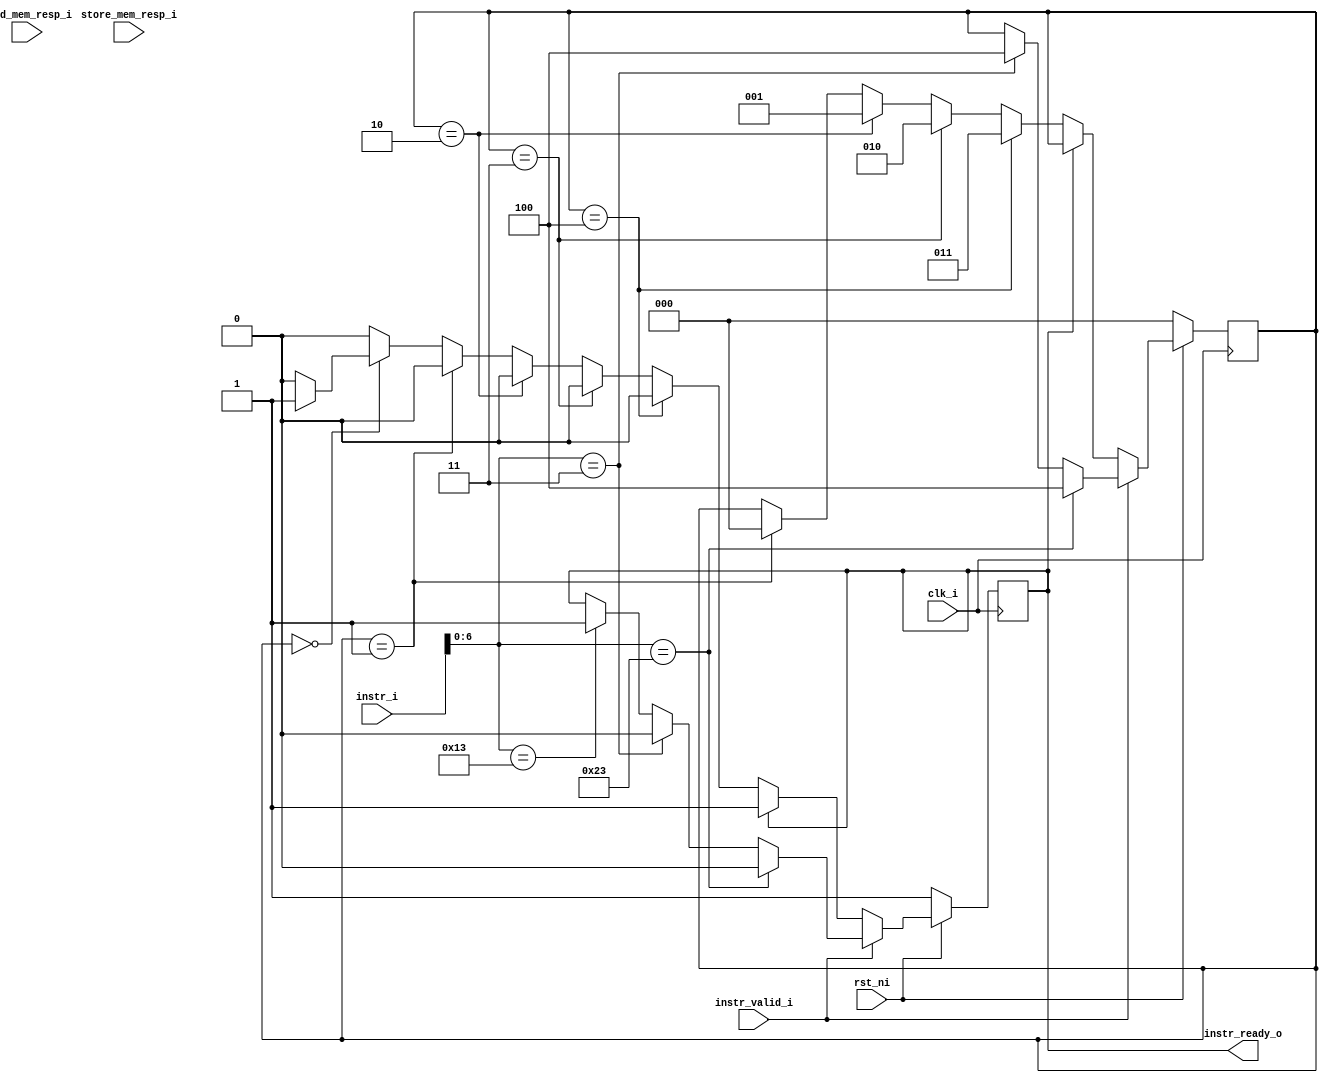


module cva6_processor_shim (
    input wire clk_i,
    input wire rst_ni,
    input wire [31:0] instr_i,
    input wire instr_valid_i,
    output wire instr_ready_o,
    input wire store_mem_resp_i,
    input wire load_mem_resp_i
`ifdef EXPOSE_STATE    
    , output wire [32*32-1:0] regfile_o
    , output wire [32*32-1:0] mem_o
`endif
);


    reg [31:0] regfile [31:0];
    reg [31:0] mem [31:0];

    reg [31:0] reg_0, reg_1, reg_2, reg_3, reg_4, reg_5, reg_6, reg_7, reg_8, reg_9, reg_10, reg_11, reg_12, reg_13, reg_14, reg_15, reg_16, reg_17, reg_18, reg_19, reg_20, reg_21, reg_22, reg_23, reg_24, reg_25, reg_26, reg_27, reg_28, reg_29, reg_30, reg_31;

    reg [31:0] mem_0, mem_1, mem_2, mem_3, mem_4, mem_5, mem_6, mem_7, mem_8, mem_9, mem_10, mem_11, mem_12, mem_13, mem_14, mem_15, mem_16, mem_17, mem_18, mem_19, mem_20, mem_21, mem_22, mem_23, mem_24, mem_25, mem_26, mem_27, mem_28, mem_29, mem_30, mem_31;
    
    assign regfile_o = {regfile[0], regfile[1], regfile[2], regfile[3], regfile[4], regfile[5], regfile[6], regfile[7], regfile[8], regfile[9], regfile[10], regfile[11], regfile[12], regfile[13], regfile[14], regfile[15], regfile[16], regfile[17], regfile[18], regfile[19], regfile[20], regfile[21], regfile[22], regfile[23], regfile[24], regfile[25], regfile[26], regfile[27], regfile[28], regfile[29], regfile[30], regfile[31]};
    assign mem_o = {mem[0], mem[1], mem[2], mem[3], mem[4], mem[5], mem[6], mem[7], mem[8], mem[9], mem[10], mem[11], mem[12], mem[13], mem[14], mem[15], mem[16], mem[17], mem[18], mem[19], mem[20], mem[21], mem[22], mem[23], mem[24], mem[25], mem[26], mem[27], mem[28], mem[29], mem[30], mem[31]};

    // assign reg_0 = regfile[0];
    // assign reg_1 = regfile[1];
    // assign reg_2 = regfile[2];
    // assign reg_3 = regfile[3];
    // assign reg_4 = regfile[4];
    // assign reg_5 = regfile[5];
    // assign reg_6 = regfile[6];
    // assign reg_7 = regfile[7];
    // assign reg_8 = regfile[8];
    // assign reg_9 = regfile[9];
    // assign reg_10 = regfile[10];
    // assign reg_11 = regfile[11];
    // assign reg_12 = regfile[12];
    // assign reg_13 = regfile[13];
    // assign reg_14 = regfile[14];
    // assign reg_15 = regfile[15];
    // assign reg_16 = regfile[16];
    // assign reg_17 = regfile[17];
    // assign reg_18 = regfile[18];
    // assign reg_19 = regfile[19];
    // assign reg_20 = regfile[20];
    // assign reg_21 = regfile[21];
    // assign reg_22 = regfile[22];
    // assign reg_23 = regfile[23];
    // assign reg_24 = regfile[24];
    // assign reg_25 = regfile[25];
    // assign reg_26 = regfile[26];
    // assign reg_27 = regfile[27];
    // assign reg_28 = regfile[28];
    // assign reg_29 = regfile[29];
    // assign reg_30 = regfile[30];
    // assign reg_31 = regfile[31];

    reg ready_o;
    assign instr_ready_o = ready_o;

    function is_store;
        input [31:0] instr;
        is_store = (instr[6:0] == 7'b0100011);
    endfunction
    function is_load;
        input [31:0] instr;
        is_load = (instr[6:0] == 7'b0000011);
    endfunction
    function is_alui;
        input [31:0] instr;
        is_alui = (instr[6:0] == 7'b0010011);
    endfunction
    function [31:0] get_s_imm;
		input [31:0] inst;
		begin
			get_s_imm = {{20{inst[31]}}, inst[31:25], inst[11:7]};
		end
	endfunction
    function [31:0] get_i_imm;
		input [31:0] inst;
		begin
			get_i_imm = {{20{inst[31]}}, inst[31:20]};
		end
	endfunction
    function [31:0] sra (input [63:0] d, input [4:0] shamt);
        begin
            sra = (d >> shamt);
        end
    endfunction
    function [31:0] alu_compute_i (input [31:0] reg_data, input [31:0] imm_data, input [2:0] alu_fun);
        begin
            alu_compute_i = 
                alu_fun == 0 ? imm_data + reg_data : (
                alu_fun == 1 ? reg_data >> imm_data[4:0] : (
                alu_fun == 5 ? 
                    (imm_data[11:5] == 0 ? 
                        reg_data << imm_data[4:0] : sra({{32{reg_data[31]}}, reg_data}, imm_data[4:0]))
                : (
                alu_fun == 7 ? (imm_data & reg_data) : (
                alu_fun == 6 ? (imm_data | reg_data) : (
                alu_fun == 4 ? (imm_data ^ reg_data) : (
                alu_fun == 3 ? (($signed(reg_data) < $signed(imm_data)) ? 1 : 0) : (
                alu_fun == 2 ? ((reg_data < imm_data) ? 1 : 0) : (0)
            )))))));
        end
    endfunction


    wire [31:0] de_io_instr_i;
    reg [31:0] tb_io_instr_i;
    assign de_io_instr_i = tb_io_instr_i;    
    wire de_io_is_load_i;
    reg tb_io_is_load_i;
    assign de_io_is_load_i = tb_io_is_load_i;
    wire de_io_instr_valid_i;
    reg tb_io_instr_valid_i;
    assign de_io_instr_valid_i = tb_io_instr_valid_i;    
    wire de_io_store_mem_resp_i;
    reg tb_io_store_mem_resp_i;
    assign de_io_store_mem_resp_i = tb_io_store_mem_resp_i;    
    wire de_io_load_mem_resp_i;
    reg tb_io_load_mem_resp_i;
    assign de_io_load_mem_resp_i = tb_io_load_mem_resp_i;

    wire de_io_ready_o;

    wire de_io_store_commit_i;
    reg tb_io_store_commit_i;
    assign de_io_store_commit_i = tb_io_store_commit_i;
    wire de_io_load_req_o;

`ifdef USE_SHIM
    cva6_lsu_shim lsu_shim_i (
        .clk_i(clk_i),
        .rst_ni(rst_ni),
        .instr_i(de_io_instr_i),
        .is_load_i(de_io_is_load_i),
        .store_commit_i(de_io_store_commit_i),
        .instr_valid_i(de_io_instr_valid_i),
        .store_mem_resp_i(de_io_store_mem_resp_i),
        .load_mem_resp_i(de_io_load_mem_resp_i),
        .load_req_o(de_io_load_req_o),
        .ready_o(de_io_ready_o)
    );
`elsif USE_MODEL
    cva6_lsu_model lsu_model_i (
        .clk_i(clk_i),
        .rst_ni(rst_ni),
        .instr_i(de_io_instr_i),
        .is_load_i(de_io_is_load_i),
        .store_commit_i(de_io_store_commit_i),
        .instr_valid_i(de_io_instr_valid_i),
        .store_mem_resp_i(de_io_store_mem_resp_i),
        .load_mem_resp_i(de_io_load_mem_resp_i),
        .load_req_o(de_io_load_req_o),
        .ready_o(de_io_ready_o)
    );
`endif



    reg loadstore_state;
    reg [31:0] loadstore_addr;
    reg [2:0] loadstore_fsm;

    reg load_count;
    reg store_cooldown;
    reg [2:0] store_count;
    reg [2:0] load_cooldown;

    reg store_uncommitted;
    

    integer i;
    

`ifdef RANDOMIZE


    initial begin
        
        for (i = 0; i < 32; i++) begin
            regfile[i] = $random;
            mem[i] = $random;
        end
    end
`endif

    always @(posedge clk_i) begin
        
        if (!rst_ni) begin   
`ifndef RANDOMIZE
    // `ifdef ZERO
            // for (i = 0; i < 32; i++) begin
            //     regfile[i] <= 32'b0;
            //     mem[i] <= 32'b0;
            // end
    // `endif
`endif

            ready_o = 1'b1;

            loadstore_state <= 1'b0;
            loadstore_addr <= 32'b0;
            loadstore_fsm <= 3'd0;
            load_count <= 0;
            load_cooldown <= 0;
            store_count <= 0;
            store_cooldown <= 0;

            tb_io_instr_i <= 0;
            tb_io_is_load_i <= 0;
            tb_io_instr_valid_i <= 0;
            tb_io_store_mem_resp_i <= 0;
            tb_io_load_mem_resp_i <= 0;
            tb_io_store_commit_i <= 0;

            store_uncommitted <= 0;

        end else begin
            
            if (instr_valid_i) begin
                if (is_store(instr_i)) begin
                    loadstore_addr = get_s_imm(instr_i) + regfile[instr_i[19:15]];
                    mem[loadstore_addr[6:2]] = regfile[instr_i[19:15]];
                    loadstore_state = 1'b0;
                    loadstore_fsm = 3'd4;
                    ready_o = 1'b0;
                end else if (is_load(instr_i)) begin
                    loadstore_addr = get_i_imm(instr_i) + regfile[instr_i[19:15]];
                    regfile[instr_i[11:7]] = mem[loadstore_addr[6:2]];
                    loadstore_state = 1'b1;
                    loadstore_fsm = 3'd4;
                    ready_o = 1'b0;
                end else if (is_alui(instr_i)) begin
                    regfile[instr_i[11:7]] = alu_compute_i(regfile[instr_i[19:15]], get_i_imm(instr_i), instr_i[14:12]);
                    ready_o = 1'b1;
                end
            end else if (!ready_o) begin
                if (loadstore_fsm == 3'd4) begin
                    if (loadstore_state) begin
                        tb_io_instr_i = loadstore_addr;
                        tb_io_is_load_i = 1'b1;
                        tb_io_instr_valid_i = 1'b1;
                        load_count = load_count + 1;
                    end else begin
                        tb_io_instr_i = loadstore_addr;
                        tb_io_is_load_i = 1'b0;
                        store_uncommitted = 1;
                        tb_io_instr_valid_i = 1'b1;
                        store_count = store_count + 1;
                    end
                    loadstore_fsm = 3'd3;
                end else if (loadstore_fsm == 3'd3) begin
                    tb_io_instr_valid_i = 1'b0;
                    loadstore_fsm = 0;
                    loadstore_fsm = 3'd2;
                end else if (loadstore_fsm == 3'd2) begin
                    loadstore_fsm = 3'd1;
                end else if (loadstore_fsm == 3'd1) begin
                    if (store_uncommitted && !loadstore_state) begin
                        tb_io_store_commit_i = 1;
                        store_uncommitted = 0;
                    end
                    loadstore_fsm = 3'd0;
                end else if (loadstore_fsm == 0) begin
                    tb_io_store_commit_i = 0;
                    if (de_io_ready_o) begin
                        ready_o = 1;
                    end
                end
            end

            if (loadstore_fsm == 0) begin
                if (
                    // load_cooldown != 0 || 
                store_cooldown != 0) begin
                    // if (load_cooldown != 0) begin
                    //     load_cooldown = load_cooldown - 1;
                    //     // tb_io_load_mem_resp_i = 1'b0;
                    // end
                    // if (store_cooldown != 0) begin
                        store_cooldown = store_cooldown - 1;
                        tb_io_store_mem_resp_i = 1'b0;
                    // end
                // end else if (load_count && load_mem_resp_i && (load_cooldown == 0)) begin
                //     tb_io_load_mem_resp_i = 1'b1;
                //     load_cooldown = 1;
                //     load_count = 0;
                end else if ((store_count != 0) && store_mem_resp_i) begin
                    tb_io_store_mem_resp_i = 1'b1;
                    store_cooldown = 1;
                    store_count = store_count - 1;
                end
            end else if (
                // load_cooldown != 0 || 
            store_cooldown != 0) begin
                // if (load_cooldown != 0) begin
                //     load_cooldown = load_cooldown - 1;
                //     tb_io_load_mem_resp_i = 1'b0;
                // end
                // if (store_cooldown != 0) begin
                    store_cooldown = store_cooldown - 1;
                    tb_io_store_mem_resp_i = 1'b0;
                // end
            end 

            if (de_io_load_req_o && load_mem_resp_i && load_cooldown == 0) begin
                tb_io_load_mem_resp_i = 1'b1;
                load_cooldown = 3;
            end else begin
                if (load_cooldown != 0) begin
                    load_cooldown = load_cooldown - 1;
                end
                tb_io_load_mem_resp_i = 1'b0;
            end


        end

        reg_0 = regfile[0];
        reg_1 = regfile[1];
        reg_2 = regfile[2];
        reg_3 = regfile[3];
        reg_4 = regfile[4];
        reg_5 = regfile[5];
        reg_6 = regfile[6];
        reg_7 = regfile[7];
        reg_8 = regfile[8];
        reg_9 = regfile[9];
        reg_10 = regfile[10];
        reg_11 = regfile[11];
        reg_12 = regfile[12];
        reg_13 = regfile[13];
        reg_14 = regfile[14];
        reg_15 = regfile[15];
        reg_16 = regfile[16];
        reg_17 = regfile[17];
        reg_18 = regfile[18];
        reg_19 = regfile[19];
        reg_20 = regfile[20];
        reg_21 = regfile[21];
        reg_22 = regfile[22];
        reg_23 = regfile[23];
        reg_24 = regfile[24];
        reg_25 = regfile[25];
        reg_26 = regfile[26];
        reg_27 = regfile[27];
        reg_28 = regfile[28];
        reg_29 = regfile[29];
        reg_30 = regfile[30];
        reg_31 = regfile[31];

        mem_0 = mem[0];
        mem_1 = mem[1];
        mem_2 = mem[2];
        mem_3 = mem[3];
        mem_4 = mem[4];
        mem_5 = mem[5];
        mem_6 = mem[6];
        mem_7 = mem[7];
        mem_8 = mem[8];
        mem_9 = mem[9];
        mem_10 = mem[10];
        mem_11 = mem[11];
        mem_12 = mem[12];
        mem_13 = mem[13];
        mem_14 = mem[14];
        mem_15 = mem[15];
        mem_16 = mem[16];
        mem_17 = mem[17];
        mem_18 = mem[18];
        mem_19 = mem[19];
        mem_20 = mem[20];
        mem_21 = mem[21];
        mem_22 = mem[22];
        mem_23 = mem[23];
        mem_24 = mem[24];
        mem_25 = mem[25];
        mem_26 = mem[26];
        mem_27 = mem[27];
        mem_28 = mem[28];
        mem_29 = mem[29];
        mem_30 = mem[30];
        mem_31 = mem[31];

    end
    
endmodule